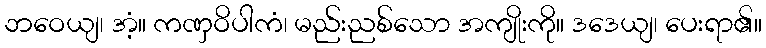
ဘဝေယျ၊ အံ့။ ကဏှဝိပါကံ၊ မည်းညစ်သော အကျိုးကို။ ဒဒေယျ၊ ပေးရာ၏။